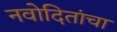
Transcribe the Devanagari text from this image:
नवोदितांचा